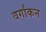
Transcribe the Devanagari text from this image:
वर्गांकन